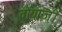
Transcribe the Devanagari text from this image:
वोयाजी